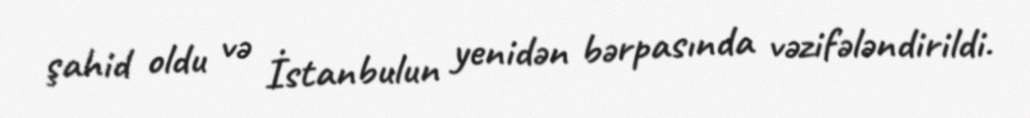
şahid oldu və İstanbulun yenidən bərpasında vəzifələndirildi.